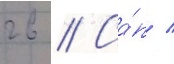
гв // Са́п /